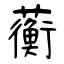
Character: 蘅